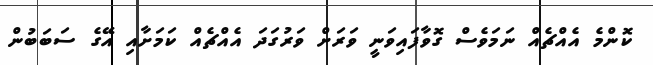
ކޮންމެ އެއްޗެއް ނަމަވެސް ގޮވާފައިވަނީ ވަރަށް ވަރުގަދަ އެއްޗެއް ކަމަށާއި އޭގެ ސަބަބުން